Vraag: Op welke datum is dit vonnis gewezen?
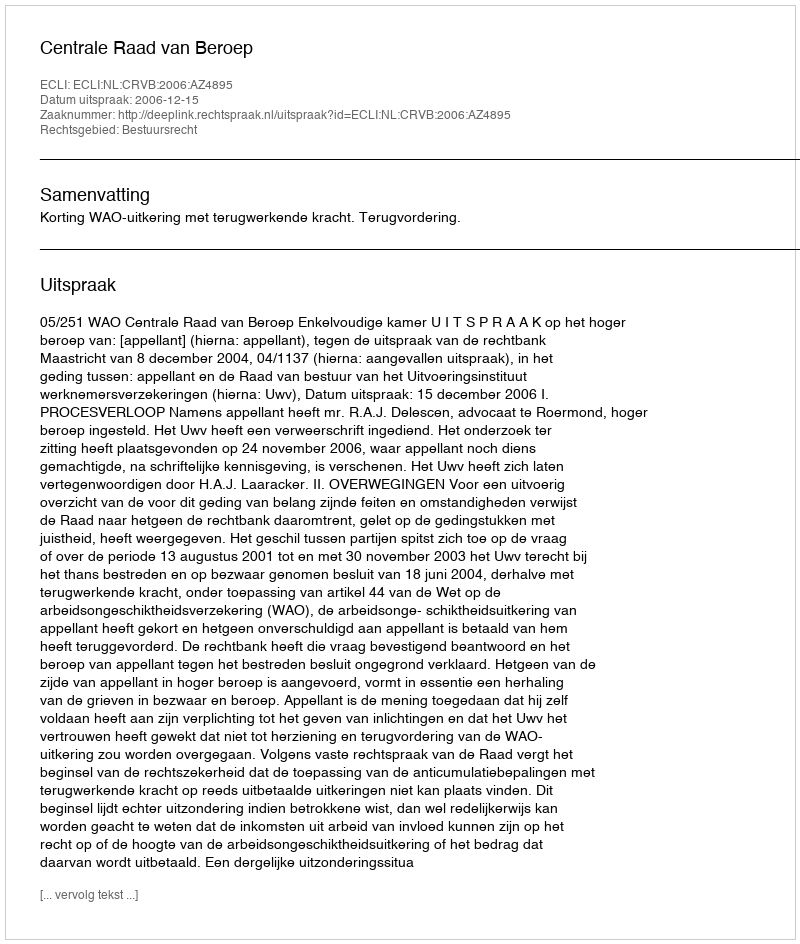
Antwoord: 2006-12-15